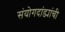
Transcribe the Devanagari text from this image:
संयोगदांड्यांची